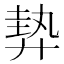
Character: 𢍠